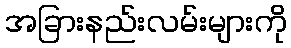
အခြားနည်းလမ်းများကို